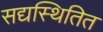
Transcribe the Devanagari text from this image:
सद्यस्थितित